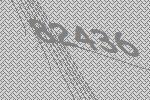
82436